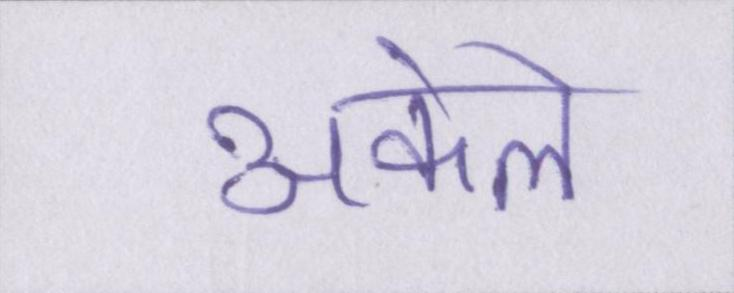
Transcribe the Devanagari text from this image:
अकेले